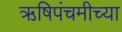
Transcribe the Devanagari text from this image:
ऋषिपंचमीच्या